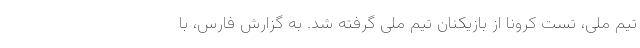
تیم ملی، تست کرونا از بازیکنان تیم ملی گرفته شد. به گزارش فارس، با